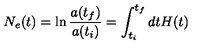
N _ { e } ( t ) = \ln { \frac { a ( t _ { f } ) } { a ( t _ { i } ) } } = \int _ { t _ { i } } ^ { t _ { f } } d t H ( t )